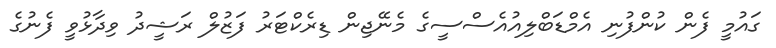
ގައުމީ ފެން ކުންފުނި އެމްޑަބްލިއުއެސްސީގެ މެނޭޖިން ޑިރެކްޓަރު ފަޒުލް ރަޝީދު ވިދާޅުވީ ފެނުގެ